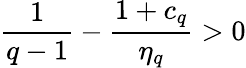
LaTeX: \frac{1}{q-1}-\frac{1+c_{q}}{\eta_{q}}>0